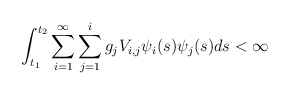
\begin{align*}\int_{t_1}^{t_2}\sum_{i=1}^{\infty} \sum_{j=1}^{i} g_j V_{i,j}\psi_i(s)\psi_j(s)ds <\infty\end{align*}